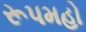
રૂપમહો